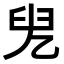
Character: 𠒍